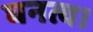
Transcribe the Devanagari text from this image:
घनत्व।